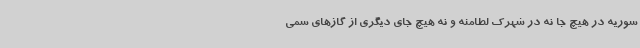
سوریه در هیچ جا نه در شهرک لطامنه و نه هیچ جای دیگری از گازهای سمی